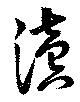
讀